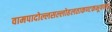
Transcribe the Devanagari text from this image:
वामपादोल्लसल्लोहलताकण्टकभूषणा।